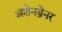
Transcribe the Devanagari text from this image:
ॲशेनब्रेनर